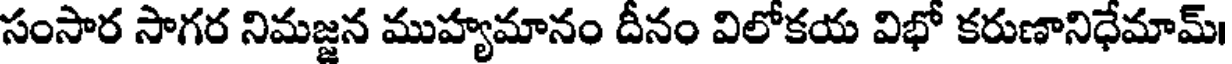
సంసార సాగర నిమజ్జన ముహ్యమానం దీనం విలోకయ విభో కరుణానిధేమామ్